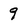
Character: 9